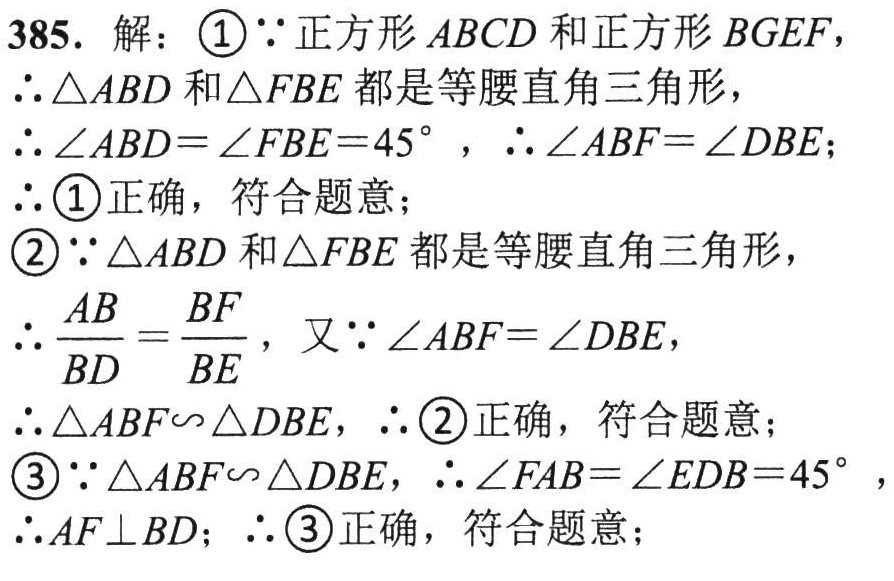
385. 解：

\textcircled{1}$\because$正方形$ABCD$和正方形$BGEF$，

$\therefore\triangle ABD$和$\triangle FBE$都是等腰直角三角形，

$\therefore\angle ABD = \angle FBE = 45^{\circ}$，$\therefore\angle ABF=\angle DBE$；

$\therefore$\textcircled{1}正确，符合题意；

\textcircled{2}$\because\triangle ABD$和$\triangle FBE$都是等腰直角三角形，

$\therefore\frac{AB}{BD}=\frac{BF}{BE}$，又$\because\angle ABF=\angle DBE$，

$\therefore\triangle ABF\sim\triangle DBE$，$\therefore$\textcircled{2}正确，符合题意；

\textcircled{3}$\because\triangle ABF\sim\triangle DBE$，$\therefore\angle FAB = \angle EDB = 45^{\circ}$，

$\therefore AF\perp BD$；$\therefore$\textcircled{3}正确，符合题意；